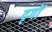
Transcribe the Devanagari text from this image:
दृगों